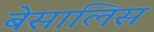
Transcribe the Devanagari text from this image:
बेसालिस